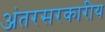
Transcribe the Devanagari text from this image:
अंतरसरकारीय